Civil Veterinary Dept. Bombay admin report 1893-99 - 1893-1899
Year: 1893
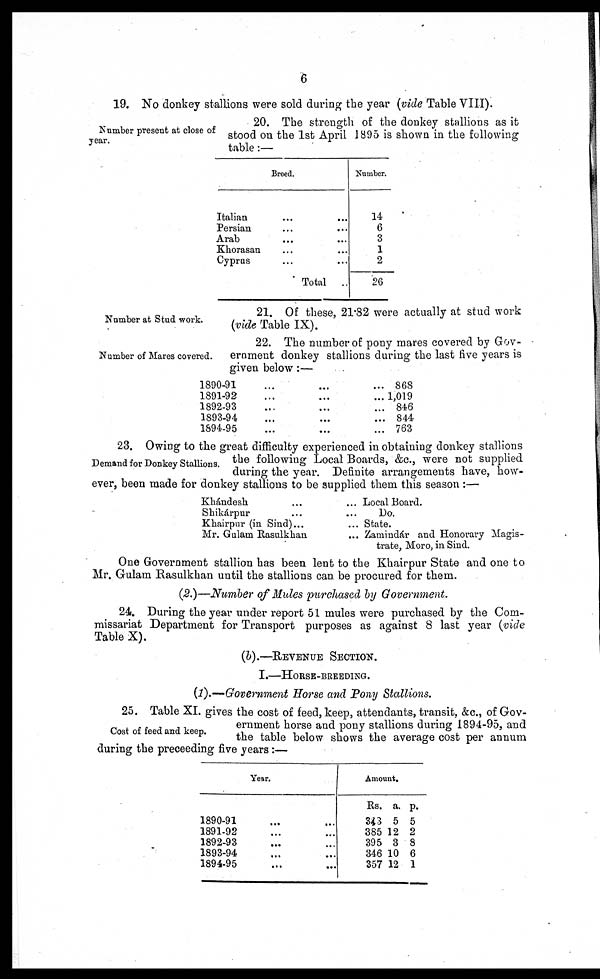
6
19. No donkey stallions were sold during the year (vide Table VIII).
Number present at close of
year.
20. The strength of the donkey stallions as it
stood on the 1st April 1895 is shown in the following
table:—
Breed.
Italian ... ...
Persian ... ...
Arab ... ...
Khorasan ... ...
Cypras ... ...
Total ...
Number.
14
6
3
1
2
26
Number at Stud work.
21. Of these, 21.82 were actually at stud work
(vide Table IX).
Number of Mares covered.
22. The number of pony mares covered by Gov-
ernment donkey stallions during the last five years is
given below:—
1890-91
1891-92
1892-93
1893-94
1894-95
...
...
...
...
...
...
...
...
...
...
...
...
...
...
...
868
1,019
846
844
763
Demand for Donkey Stallions.
23. Owing to the great difficulty experienced in obtaining donkey stallions
the following Local Boards, &c., were not supplied
during the year. Definite arrangements have, how-
ever, been made for donkey stallions to be supplied them this season :—
Khándesh ... ...
Shikárpur ... ...
Khairpur (in Sind) ... ...
Mr. Gulam Rasulkhan ...
Local Board.
Do.
State.
Zamindár and Honorary Magis-
trate, Moro, in Sind.
One Government stallion has been lent to the Khairpur State and one to
Mr. Gulam Rasulkhan until the stallions can be procured for them.
(2.)—Number of Mules purchased by Government.
24. During the year under report 51 mules were purchased by the Com-
missariat Department for Transport purposes as against 8 last year (vide
Table X).
(b).—REVENUE SECTION.
I.—HORSE-BREEDING.
(1).—Government Horse and Pony Stallions.
Cost of feed and keep.
25. Table XI. gives the cost of feed, keep, attendants, transit, &c, of Gov-
ernment horse and pony stallions during 1894-95, and
the table below shows the average cost per annum
during the preceeding five years:—
Year.
1890-91 ... ...
1891-92 ... ...
1892-93 ... ...
1893-94 ... ...
1894-95
Amount.
Rs.
343
385
395
346
357
a.
5
12
3
10
12
p.
5
2
8
6
1